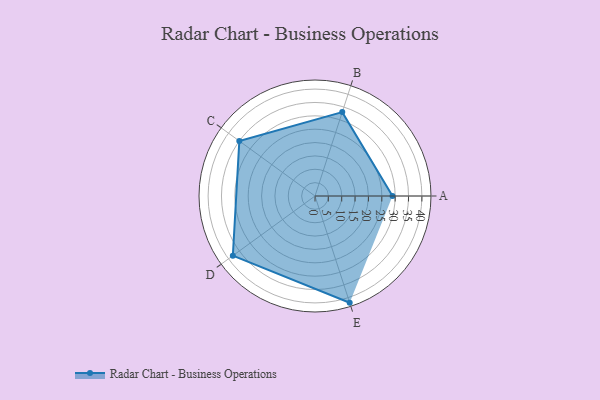
{"axis": {"x": "Skill", "y": "Score"}, "legend": ["Profile"], "data": [{"x": "A", "y": 29.0, "type": "Profile"}, {"x": "B", "y": 33.0, "type": "Profile"}, {"x": "C", "y": 35.0, "type": "Profile"}, {"x": "D", "y": 38.0, "type": "Profile"}, {"x": "E", "y": 42.0, "type": "Profile"}]}